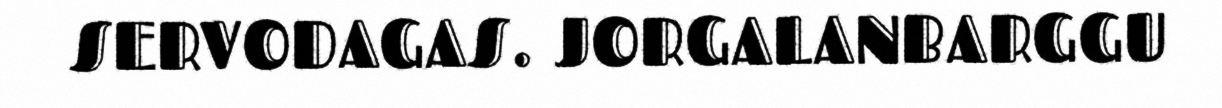
SERVODAGAS. JORGALANBARGGU